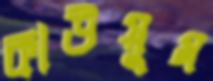
কাউয়ুম